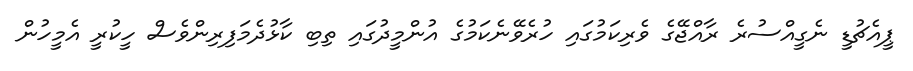
ޕީއެޗުޑީ ނެގީއްސުރެ ރާއްޖޭގެ ވެރިކަމުގައި ހުރެވޭނެކަމުގެ އުންމީދުގައި ތިބި ކާޅުދެމަފިރިންވެސް ހީކުރީ އެމީހުން